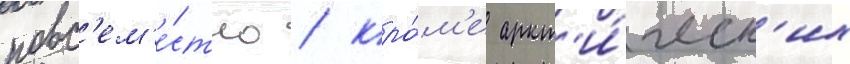
повс'ем'е́стно / кро́м'е аркт'и́ческ'их